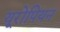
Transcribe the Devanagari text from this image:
यूरोपियन